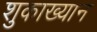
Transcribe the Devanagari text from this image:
शुकाख्यान